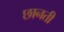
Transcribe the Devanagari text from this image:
छानती